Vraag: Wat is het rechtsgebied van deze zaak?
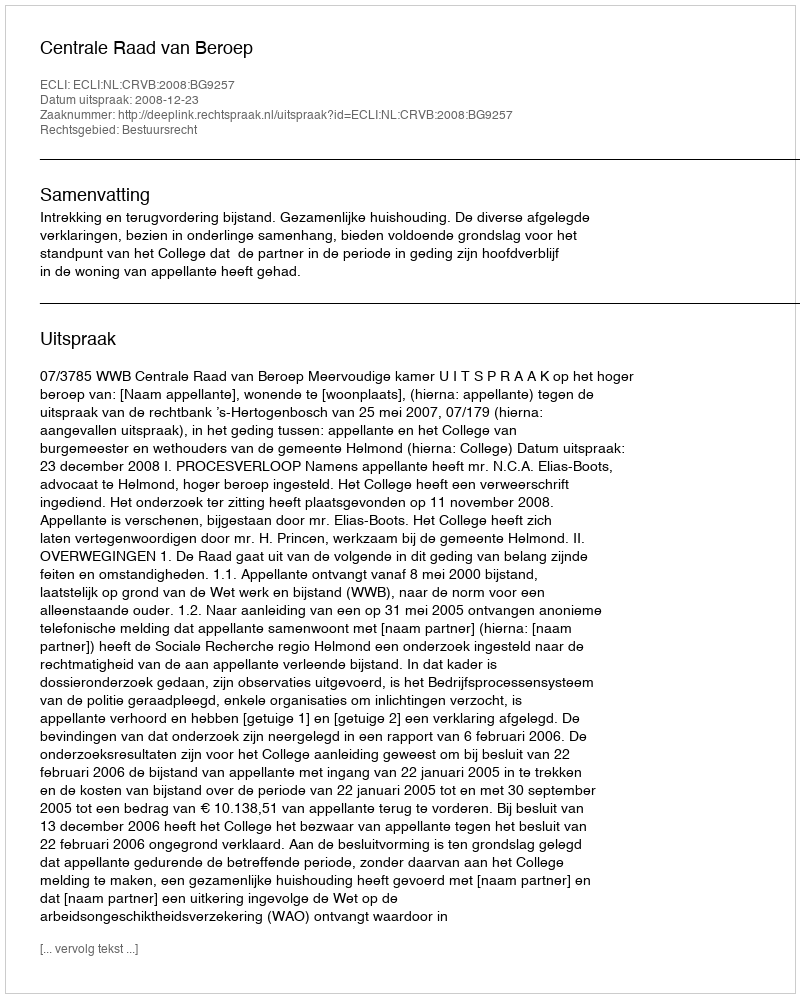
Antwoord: Bestuursrecht